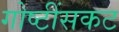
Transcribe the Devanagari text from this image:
गोष्टींसकट